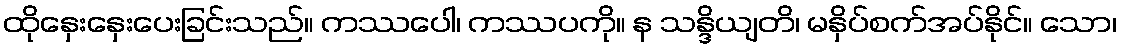
ထိုနှေးနှေးပေးခြင်းသည်။ ကဿပေါ၊ ကဿပကို။ န သန္ဒိယျတိ၊ မနှိပ်စက်အပ်နိုင်။ သော၊